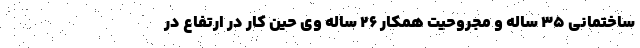
ساختمانی ۳۵ ساله و مجروحیت همکار ۲۶ ساله وی حین کار در ارتفاع در